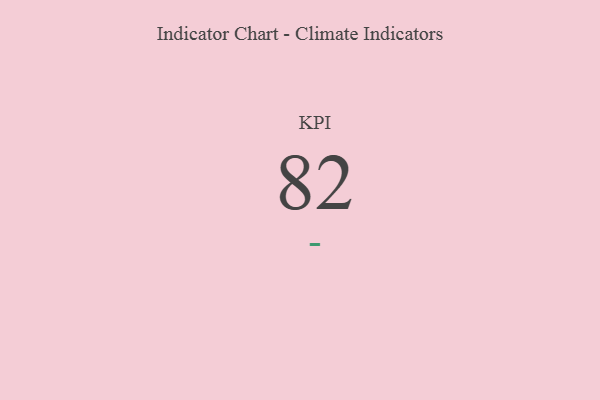
{"axis": {"x": "KPI", "y": "Value"}, "legend": [""], "data": [{"x": "KPI", "y": 82, "type": ""}]}